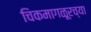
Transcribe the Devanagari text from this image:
चिकमागळूरच्या